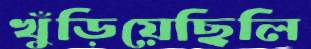
খুঁড়িয়েছিলি